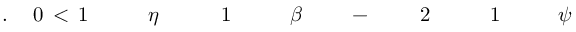
\! \! \! \! \! \! \! \! \! \! \! \psi \! \! \! \! \! \! \! \! \! \! \! \! _ { \! } \! \! \! \! \! \! \! \! \! \! \! 1 \! \! \! \! \! \! \! \! \! \! \! \! ^ { \! } \! \! \! \! \! \! \! \! \! \! \! 2 \! \! \! \! \! \! \! \! \! \! \! \! \! \! \! \! \! \! \! \! \! \! \! \! - \! \! \! \! \! \! \! \! \! \! \! \! \! \! \! \! \! \! \! \! \! \! \! \! \beta \! \! \! \! \! \! \! \! \! \! \! \! _ { \! } \! \! \! \! \! \! \! \! \! \! \! 1 \! \! \! \! \! \! \! \! \! \! \! \! \! \! \! \! \! \! \! \! \! \! \! \! \eta \! \! \! \! \! \! \! \! \! \! \! \! _ { \! } \! \! \! \! \! \! \! \! \! \! \! 1 \! \! \! \! \! \! \! \! \! \! \! \! < \! \! \! \! \! \! \! \! \! \! \! \! 0 \! \! \! \! \! \! \! \! \! \! \! \! . \! \! \! \! \! \! \! \! \! \! \! \! \! \! \! \! \! \! \! \! \! \! \!